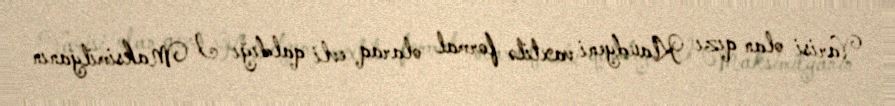
Varisi olan qızı Klaudyeni vaxtilə formal olaraq evli qaldığı I Maksimilyanın